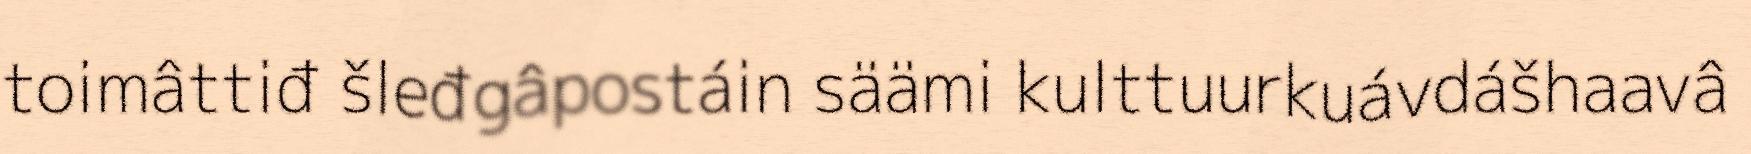
toimâttiđ šleđgâpostáin säämi kulttuurkuávdášhaavâ